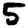
Digit: 5